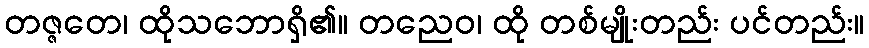
တဇ္ဇတေ၊ ထိုသဘောရှိ၏။ တညေဝ၊ ထို တစ်မျိုးတည်း ပင်တည်း။